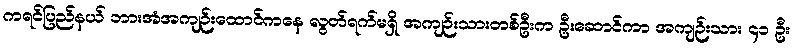
ကရင်ပြည်နယ် ဘားအံအကျဉ်းထောင်ကနေ လွတ်ရက်မရှိ အကျဉ်းသားတစ်ဦးက ဦးဆောင်ကာ အကျဉ်းသား ၄၁ ဦး